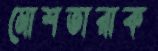
মোশতারাক